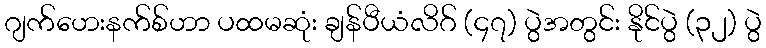
ဂျက်ဟေးနက်စ်ဟာ ပထမဆုံး ချန်ပီယံလိဂ် (၄၇) ပွဲအတွင်း နိုင်ပွဲ (၃၂) ပွဲ